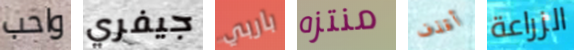
واحب جيفري باربي منتزه أقذف الزراعة